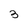
Character: 3